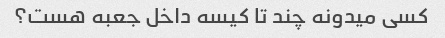
کسی میدونه چند تا کیسه داخل جعبه هست؟